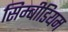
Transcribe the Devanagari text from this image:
सिम्बीडियम